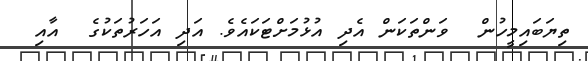
ތިޔަބައިމީހުން  ވަންތަކަން އެދި އުޅުމަށްޓަކައެވެ. އަދި އަހަރުތަކުގެ  އާއި